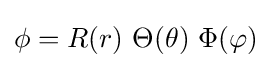
\phi =R(r)\ \Theta (\theta )\ \Phi (\varphi )